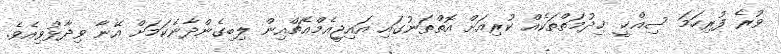
ވުރެ ފުރިހަމަ ސިއްޚީ ޚިދުމަތްތަކެއް ކުރިއަށް އޮތްތަނުގައި އައިޖީއެމްއެޗްއިން ލިބިގެންދާނެކަމަށް އޭނާ ވިދާޅުވިއެވެ.